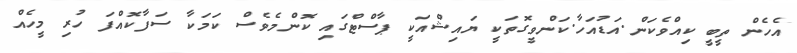
އެހެން ތީބީ ކިއްވެކަން.އަޑުއަހާ.ކަންވީގޮތަކީ ޔައިޝްއަކީ ޕާސްޓްގައި ކޮންމެވެސް ކަމަކާ ސަފާކޮއްފަ ހުރި މީހެއް